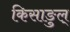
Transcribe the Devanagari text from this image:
किसाङुल्